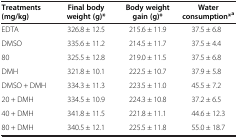
<table><thead><tr><td><b>Treatments (mg/kg)</b></td><td><b>Final body weight (g)*</b></td><td><b>Body weight gain (g)*</b></td><td><b>Water consumption*<sup>a</sup></b></td></tr></thead><tbody><tr><td>EDTA</td><td>326.8 ± 12.5</td><td>215.6 ± 11.9</td><td>37.5 ± 6.8</td></tr><tr><td>DMSO</td><td>335.6 ± 11.2</td><td>214.5 ± 11.7</td><td>37.5 ± 4.4</td></tr><tr><td>80</td><td>325.5 ± 12.8</td><td>219.0 ± 11.5</td><td>37.5 ± 6.8</td></tr><tr><td>DMH</td><td>321.8 ± 10.1</td><td>222.5 ± 10.7</td><td>37.9 ± 5.8</td></tr><tr><td>DMSO + DMH</td><td>334.3 ± 11.3</td><td>223.5 ± 11.0</td><td>45.5 ± 7.2</td></tr><tr><td>20 + DMH</td><td>334.5 ± 10.9</td><td>224.3 ± 10.8</td><td>37.2 ± 6.5</td></tr><tr><td>40 + DMH</td><td>341.8 ± 11.5</td><td>221.8 ± 11.1</td><td>44.6 ± 12.3</td></tr><tr><td>80 + DMH</td><td>340.5 ± 12.1</td><td>225.5 ± 11.8</td><td>55.0 ± 18.7</td></tr></tbody></table>